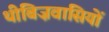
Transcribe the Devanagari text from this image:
थीबिज़वासियों